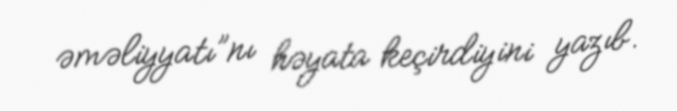
əməliyyatı”nı həyata keçirdiyini yazıb.